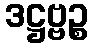
ဒဋ္ဌဗ္ဗဉ္စ